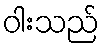
ဝါးသည်